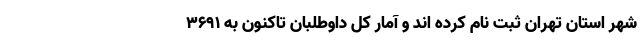
شهر استان تهران ثبت نام کرده اند و آمار کل داوطلبان تاکنون به ۳۶۹۱